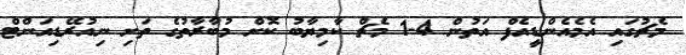
މެޗުގައި އެމެއެންޑީއެފް އަތުން 4-1 މެޗް ކާމިޔާބު ކޮށް މުބާރާތުގެ ތަށި ނިއުރޭޑިއަންޓް